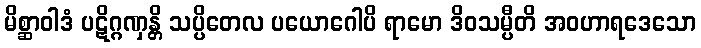
မိစ္ဆာဝါဒံ ပဋိဂ္ဂဏှန္တိ သပ္ပိတေလ ပယောဂေါပိ ရာမော ဒိဝသမ္ပီတိ အဝဟာရဒေသော